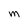
Character: M